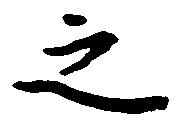
之